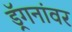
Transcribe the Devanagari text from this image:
ड्रॅगनांवर